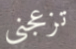
تزعجني